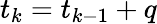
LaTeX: t_{k}=t_{k-1}+q